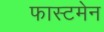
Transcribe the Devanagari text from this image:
फास्टमेन